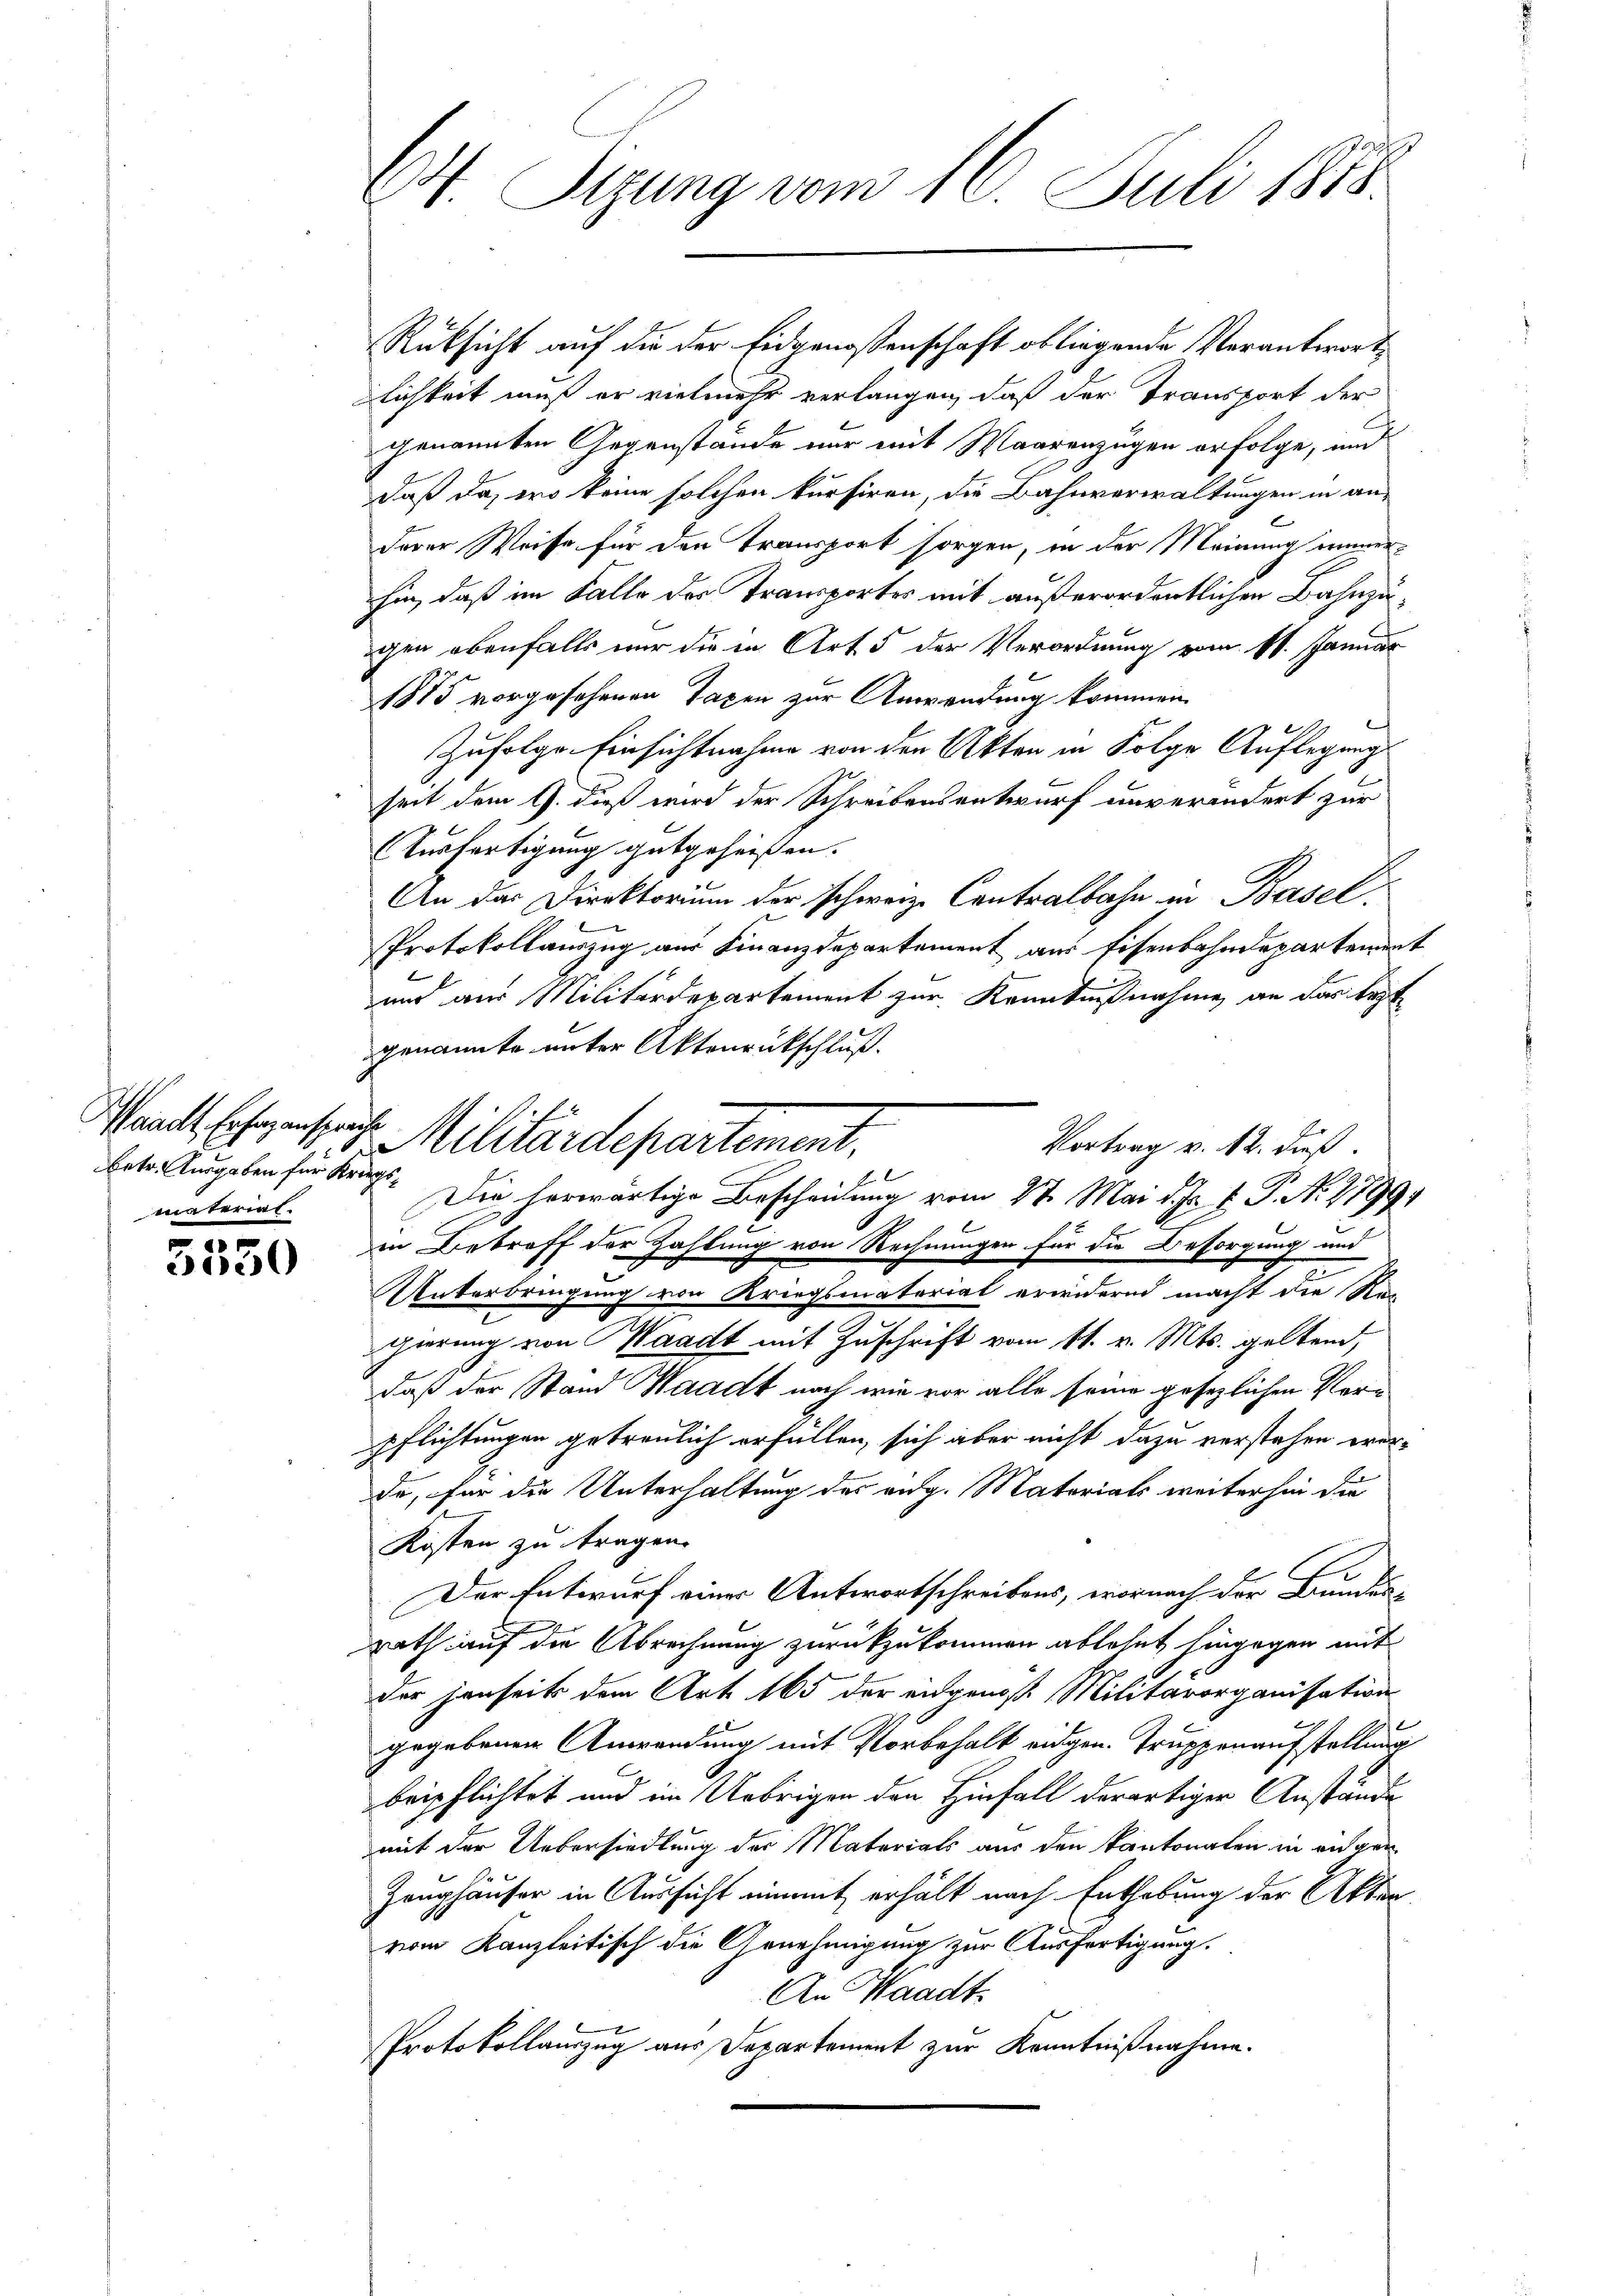
Waadt, Erharz ansprachte
1
betr. Ausgaben für Kriegsmaterial.

2
300

Rüksicht auf die der Eidgenossenschaft obliegende Verantwort
lichkeit muß er vielmehr verlangen, daß der Transport der
genannten Gegenstände nur mit Maarenzügen erfolge, und
daß da, wo keine solchen kursiren, die Bahnverwaltungen in an-
l
derer Weise für den Transport sorgen, in der Meinung anerhin, daß im Falle des Transportes mit außerordentlichen Bahnzugen ebenfalls nur die in Art 5 der Verordnung vom 11. Januar
1885 vorgesehenen Taxen zur Anwendung kommen
Zufolge Einsichtnahme von den Akten in Folge Auflegung
seit dem G. dieß wird der Schreibensentwurf unverändert zur
Ausfertigung gutgeheißen.
An das Direktorium der schweiz. Contralbahn in Basel.
Protokollauszug aus Finanzdepartement am Eisenbahndepartement
und aus Militärdepartement zur Kenntnißnahme an das test
genannte unter Aktenrückschluß.
Vortrag v. 12. dieß.
Die herwärtige Bescheidung vom 27. Mai d. J. J. P. Ao. 1799
in Betreff der Zahlung von Rechnungen für die Besorgung und
Unterbringung von Kriegsmaterial erwidernd macht die Rec
gierung von Waadt mit Zuschrift vom 11. v. Mts. geltend,
daß der Stand Waadt nach wie vor alle seine gesezlichen Ver-
pflichtungen getreulich erfüllen, sich aber nicht dazu verstehen worda, für die Unterhaltung des aug. Materials weiterhin die
Kosten zu tragen.
Der Entwurf einer Antwortschreibens, wornach der Bunden¬
Rath auf die Abrechnung zurückzukommen ablehnt hingegen mit
der jenseits dem Art. 165 der angenoß Militärorganisation
gegebenen Anwendung mit Vorbehalt eidgen. Truppenaufstellung
beipflichtet und im Uebrigen den Hinfall derartiger Anstände
mit der Uebersiedlung der Materials aus den kantonalen in angen
Zeughäuser in Aussicht einmit erhält nach Enthebung der Akten
vom Kanzleitisch die Arnehmigung zur Ausfertigung.
An Waadt.
Protokollauszug aus Departement zur Kenntnißnahme.

64 Sizung vom 16. Juli 1888

Militärdepartement,